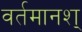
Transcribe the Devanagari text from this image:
वर्तमानश्